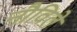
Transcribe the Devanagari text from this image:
नौविले